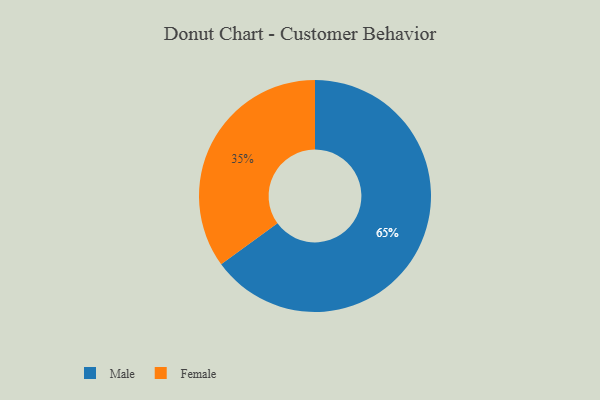
{"axis": {"x": "Category", "y": "Percentage"}, "legend": ["Female", "Male"], "data": [{"x": "Female", "y": 35, "type": "Female"}, {"x": "Male", "y": 65, "type": "Male"}]}